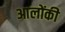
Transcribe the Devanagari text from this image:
आलोंकी